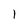
Character: 1